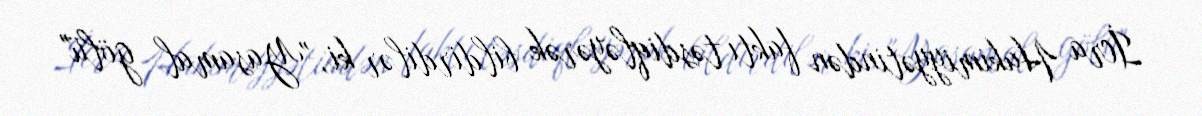
İcra Hakimiyyətindən faktı təsdiqləyərək bildirdilər ki, "Yasamal gölü"